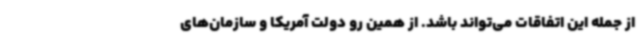
از جمله این اتفاقات می‌تواند باشد. از همین رو دولت آمریکا و سازمان‌های